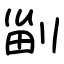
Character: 㓯